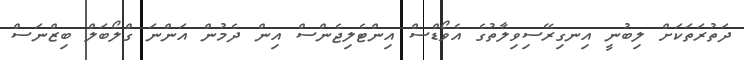
ދަތުރަތަކަށް ލިބުނީ އިނގިރޭސިވިލާތުގެ އެވޯޑްސް އިންޓެލިޖެންސް އިން ދެމުން އަންނަ ގްލޯބަލް ބިޒްނަސް